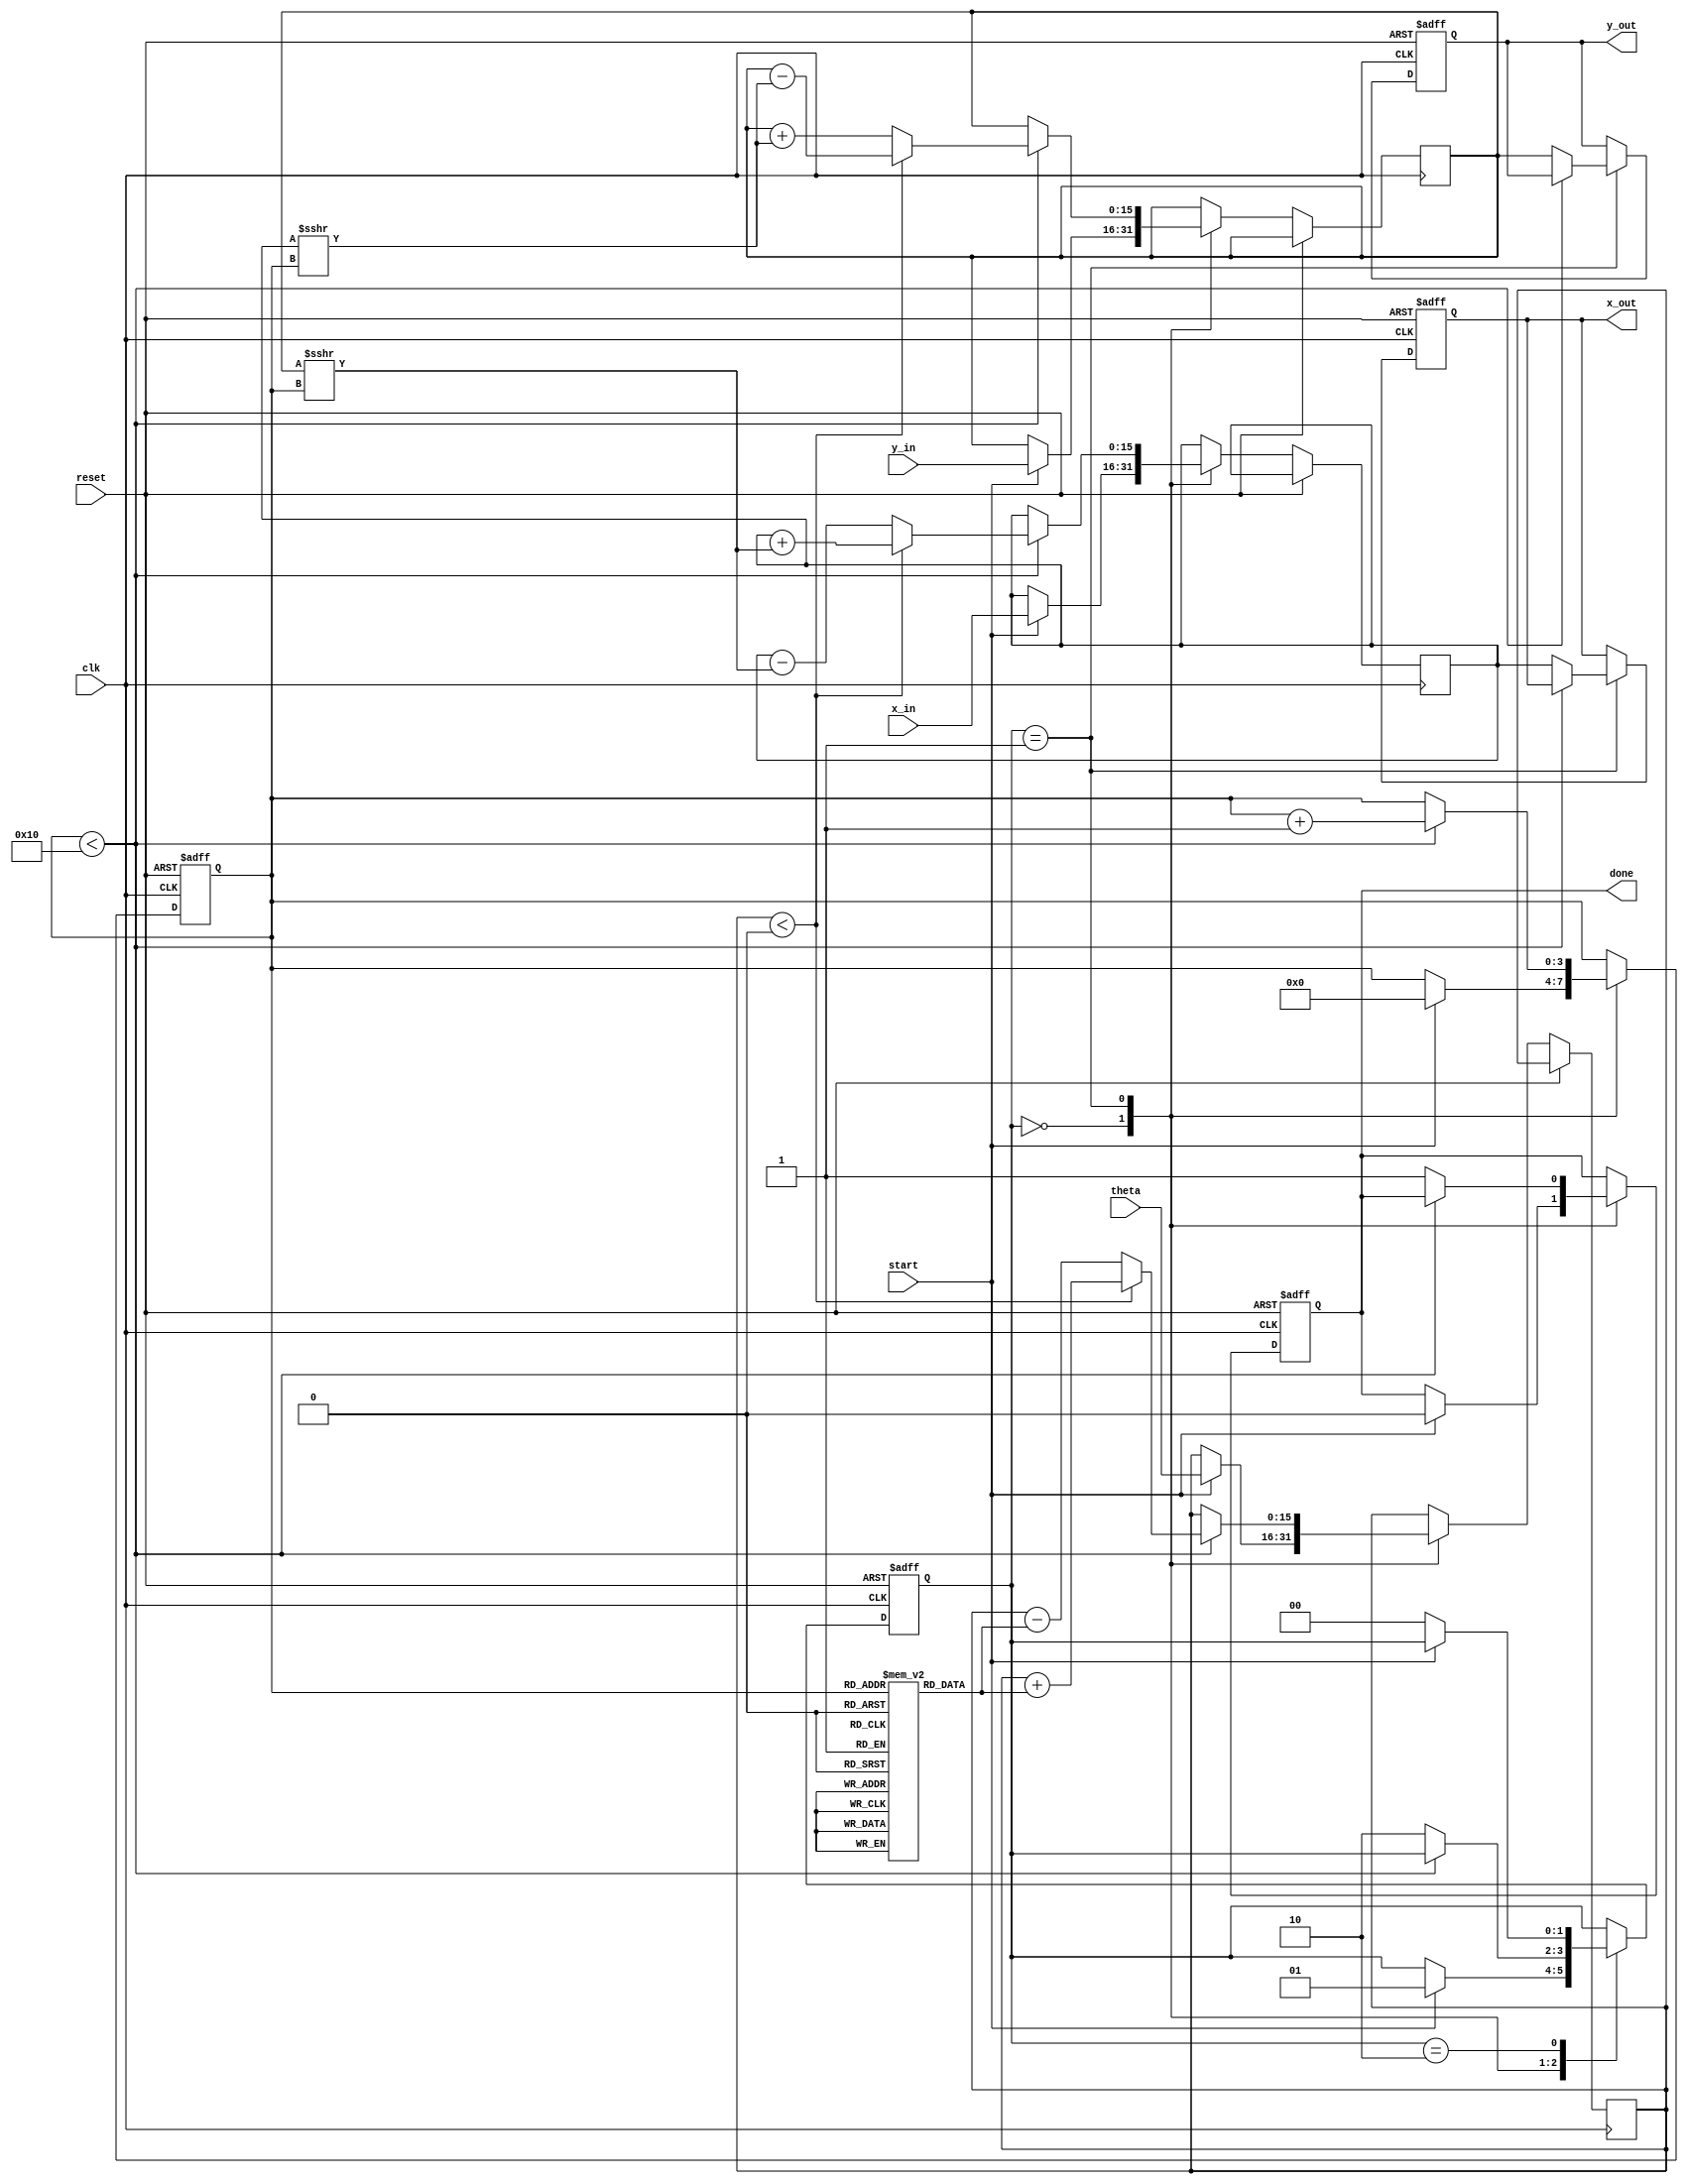
module cordic_2d (
    input wire clk,
    input wire reset,
    input wire start,
    input wire signed [15:0] x_in,   // Fixed-point x input
    input wire signed [15:0] y_in,   // Fixed-point y input
    input wire signed [15:0] theta,   // Fixed-point angle input
    output reg signed [15:0] x_out,   // Fixed-point x output
    output reg signed [15:0] y_out,   // Fixed-point y output
    output reg done                   // Completion signal
);

    // Parameters
    parameter NUM_ITERATIONS = 16; // Number of CORDIC iterations
    parameter FIXED_POINT_SCALE = 16'h4000; // Scaling factor (2^14)

    // Internal registers
    reg signed [15:0] x_reg;
    reg signed [15:0] y_reg;
    reg signed [15:0] z_reg;
    reg [3:0] iteration_count;
    reg [1:0] state; // FSM state

    // State encoding
    localparam IDLE = 2'b00;
    localparam PROCESS = 2'b01;
    localparam DONE = 2'b10;

    // CORDIC angle lookup table (arctan(2^-i) for i = 0 to NUM_ITERATIONS-1)
    reg signed [15:0] atan_table [0:NUM_ITERATIONS-1];
    initial begin
        atan_table[0] = 16'h2000; // atan(1) = 45 degrees
        atan_table[1] = 16'h1000; // atan(0.5) = 26.565 degrees
        atan_table[2] = 16'h0800; // atan(0.25) = 14.036 degrees
        atan_table[3] = 16'h0400; // atan(0.125) = 7.125 degrees
        // ... Fill in the rest of the table
        // atan_table[4] = 16'h0200; // atan(0.0625)
        // ...
        atan_table[15] = 16'h0001; // atan(0.000015258789)
    end

    // FSM for controlling the CORDIC operation
    always @(posedge clk or posedge reset) begin
        if (reset) begin
            state <= IDLE;
            done <= 0;
            iteration_count <= 0;
            x_out <= 0;
            y_out <= 0;
        end else begin
            case (state)
                IDLE: begin
                    if (start) begin
                        // Initialize registers
                        x_reg <= x_in;
                        y_reg <= y_in;
                        z_reg <= theta;
                        iteration_count <= 0;
                        state <= PROCESS;
                        done <= 0;
                    end
                end

                PROCESS: begin
                    if (iteration_count < NUM_ITERATIONS) begin
                        // CORDIC rotation
                        if (z_reg < 0) begin
                            // Rotate counter-clockwise
                            x_reg <= x_reg + (y_reg >>> iteration_count);
                            y_reg <= y_reg - (x_reg >>> iteration_count);
                            z_reg <= z_reg + atan_table[iteration_count];
                        end else begin
                            // Rotate clockwise
                            x_reg <= x_reg - (y_reg >>> iteration_count);
                            y_reg <= y_reg + (x_reg >>> iteration_count);
                            z_reg <= z_reg - atan_table[iteration_count];
                        end
                        iteration_count <= iteration_count + 1;
                    end else begin
                        // Finished processing
                        x_out <= x_reg;
                        y_out <= y_reg;
                        done <= 1;
                        state <= DONE;
                    end
                end

                DONE: begin
                    // Wait for next start signal
                    if (!start) begin
                        state <= IDLE;
                    end
                end
            endcase
        end
    end

endmodule